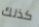
كذلك